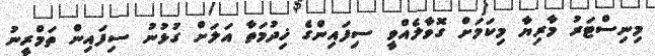
މިނިސްޓަރު މާރިޔާ މިކަމަށް ގޮވާލެއްވީ ސިފައިންގެ ޚިދުމަތާ އަލަށް ގުޅުނު ސިފައިން ތަމްރީނު